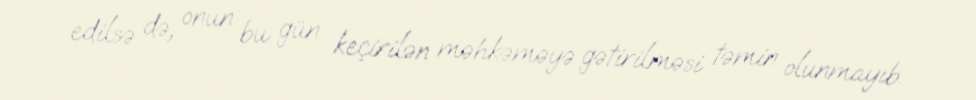
edilsə də, onun bu gün keçirilən məhkəməyə gətirilməsi təmin olunmayıb.